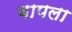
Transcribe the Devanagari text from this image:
वापला